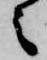
之